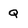
Character: Q